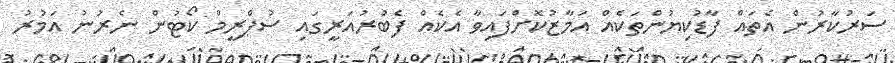
ސަރުކާރުން އެތައް ފާޑުކިޔުންތަކެއް އަމާޒުކޮށްފައިވާ އެކެއް ފެބުރުއަރީގައި ސުޕްރީމް ކޯޓުން ނެރުނު އަމުރު